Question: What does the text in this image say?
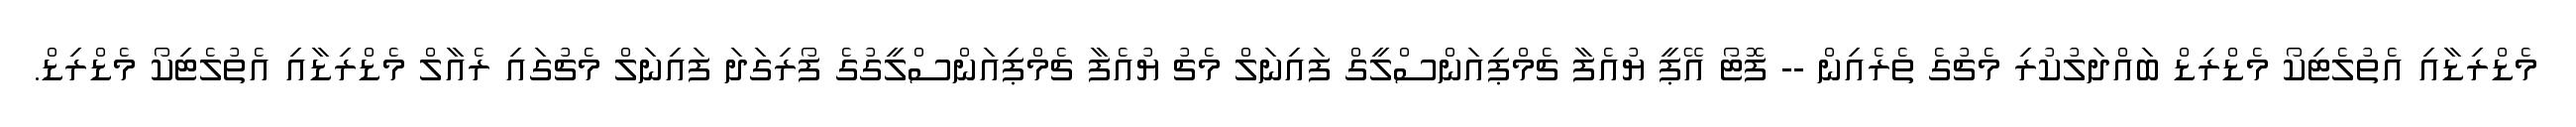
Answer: މެޑްރިޑާއި އެތުލެޓިކޯ މެޑްރިޑް ބައްދަލުކުރި މެޗުގެ ތެރެއިން -- ފޮޓޯ އޭޕީ ޔުއެފާ ޗެމްޕިއަންސްލީގް ފައިނަލް މެޗު ޔުއެފާ ޗެމްޕިއަންސްލީގުގެ ފޯރިގަދަ ފައިނަލް މެޗުގައި ރެއާލް މެޑްރިޑާއި އެތުލެޓިކޯ މެޑްރިޑް.